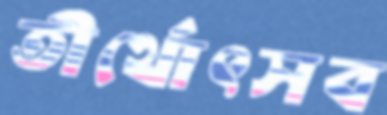
তীর্থোৎসব